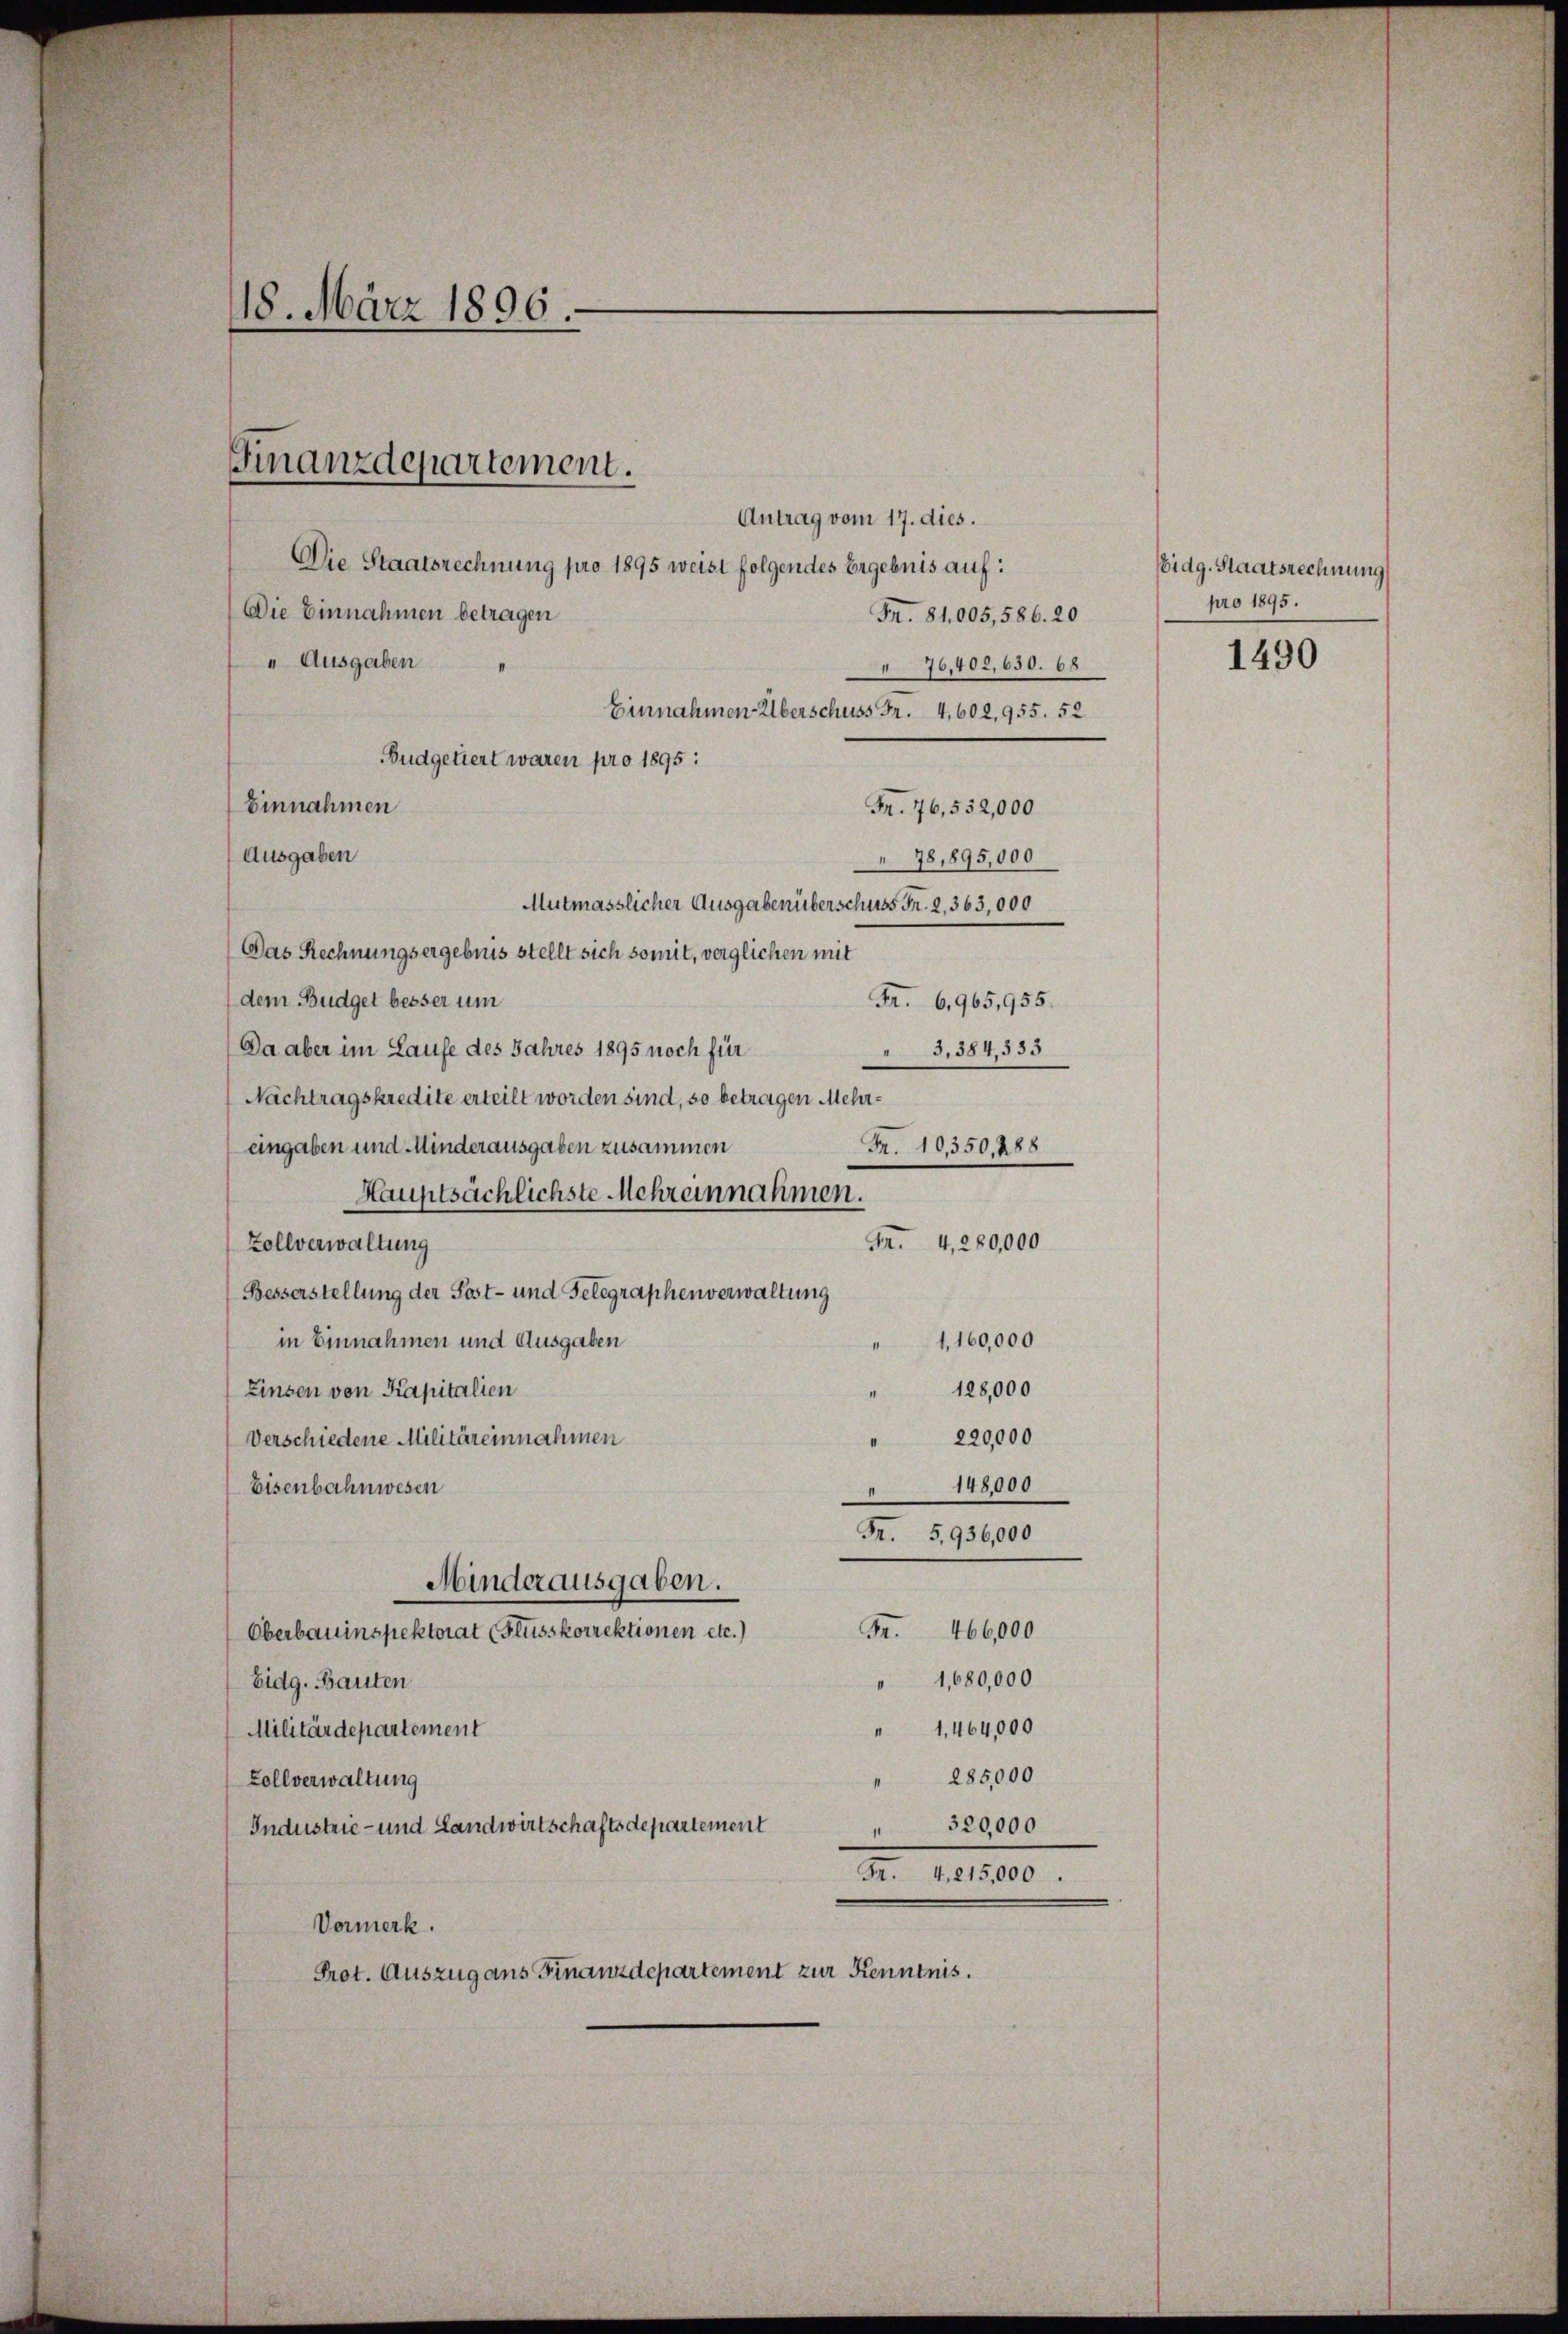
18. März 1896.

Antrag vom 17. dies.
Die Staatsrechnung pro 1895 weist folgendes Ergebnis auf:
Die Einnahmen betragen
Fr. 81,005,586. 20
" Ausgaben
76,402,630. 68
Einnahmen Überschuss Fr. 4,602,955. 52
Budgetiert waren pro 1895:
M. 76, 552,000
78,895,000
Mutmasslicher Ausgabenüberschuss Fr. 2, 363,000
Das Rechnungsergebnis stellt sich somit, verglichen mit
dem Budget besser um
Fr. 6,965,955.
Da aber im Laufe des Jahres 1895 noch für
3,384,333
—
Nachtragskredite erteilt worden sind, so betragen Mehrangaben und Minderausgaben zusammen
Fr. 10,350, 288
Hauptsächlichste Mehreinnahmen.
Fr. 4,280,000
Zollverwaltung
Besserstellung der Post- und Gelegraphenverwaltung
1,160,000
in Einnahmen und Ausgaben
Einsen von Kapitalien
128,000
1
220,000
Verschiedene Militäreinnahmen
148,000
Eisenbahnwesen
¬
Fr. 5,936,000
Minderausgaben.
Fr. 466,000
Oberbauinspektorat (Flusskorrektionen etc.)
" 1,680,000
Eidg. Bauten
1.464,000
Militärdepartement
" 285,000
Zollverwaltung
Industrie- und Landwirtschaftsdepartement
" 320,000
Gr. 4,215,000.
Vormerk.
Prot. Auszug aus Finanzdepartement zur Kenntnis.

Finanzdepartement.

Einnahmen
Ausgaben

bidg. Staatsrechnung
pro 1895

1490